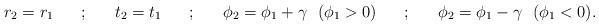
LaTeX: \begin{align*}r_2 = r_1 ~~~~~;~~~~~ t_2 = t_1 ~~~~~;~~~~~ \phi_2 = \phi_1 + \gamma ~~ (\phi_1 > 0) ~~~~~;~~~~~ \phi_2 = \phi_1 - \gamma ~~ (\phi_1 <0 ). \end{align*}